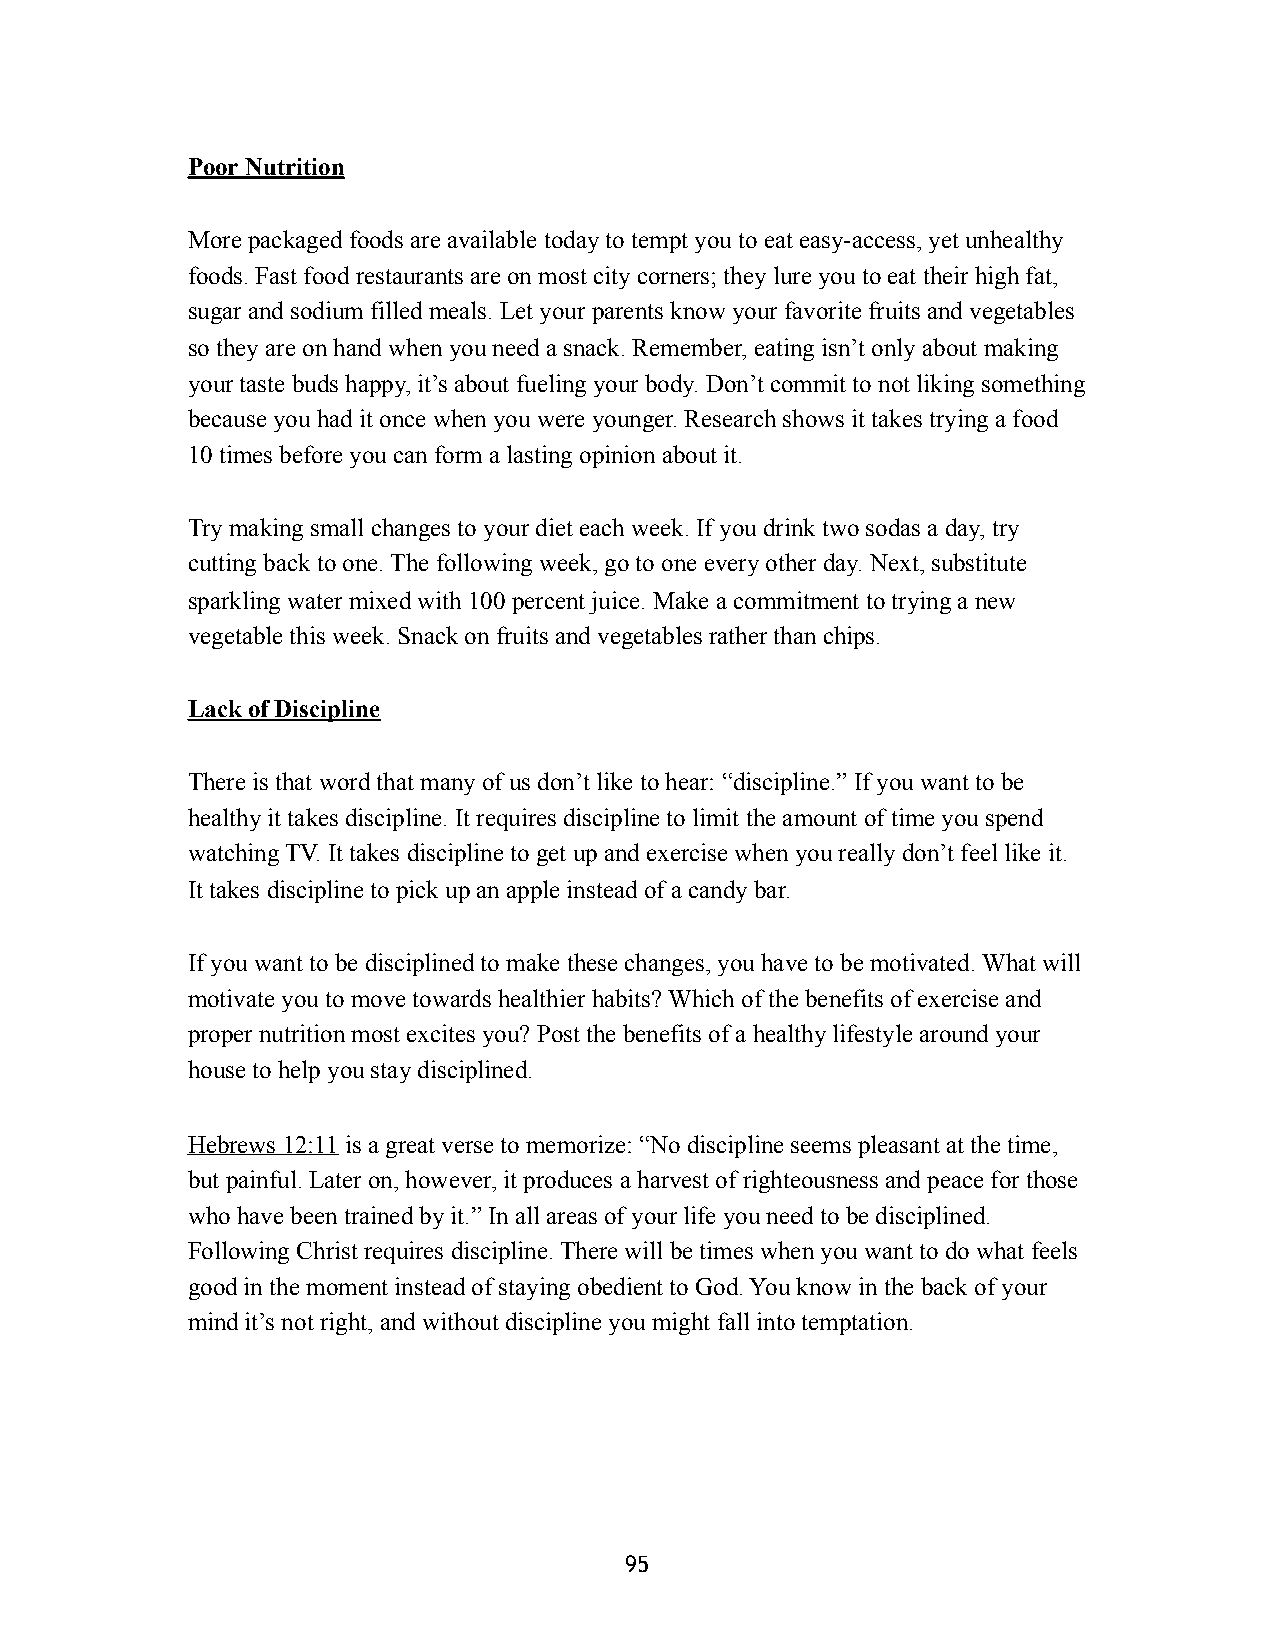
Poor Nutrition
 More packaged foods are available today to tempt you to eat easy-access, yet unhealthy
 foods. Fast food restaurants are on most city corners; they lure you to eat their high fat,
 sugar and sodium filled meals. Let your parents know your favorite fruits and vegetables
 so they are on hand when you need a snack. Remember, eating isn’t only about making
 your taste buds happy, it’s about fueling your body. Don’t commit to not liking something
 because you had it once when you were younger. Research shows it takes trying a food
 10 times before you can form a lasting opinion about it.
 Try making small changes to your diet each week. If you drink two sodas a day, try
 cutting back to one. The following week, go to one every other day. Next, substitute
 sparkling water mixed with 100 percent juice. Make a commitment to trying a new
 vegetable this week. Snack on fruits and vegetables rather than chips.
 Lack of Discipline
 There is that word that many of us don’t like to hear: “discipline.” If you want to be
 healthy it takes discipline. It requires discipline to limit the amount of time you spend
 watching TV. It takes discipline to get up and exercise when you really don’t feel like it.
 It takes discipline to pick up an apple instead of a candy bar.
 If you want to be disciplined to make these changes, you have to be motivated. What will
 motivate you to move towards healthier habits? Which of the benefits of exercise and
 proper nutrition most excites you? Post the benefits of a healthy lifestyle around your
 house to help you stay disciplined.
 Hebrews 12:11 is a great verse to memorize: “No discipline seems pleasant at the time,
 but painful. Later on, however, it produces a harvest of righteousness and peace for those
 who have been trained by it.” In all areas of your life you need to be disciplined.
 Following Christ requires discipline. There will be times when you want to do what feels
 good in the moment instead of staying obedient to God. You know in the back of your
 mind it’s not right, and without discipline you might fall into temptation.
 95